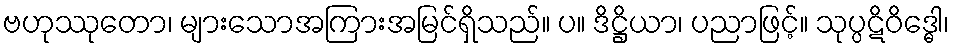
ဗဟုဿုတော၊ များသောအကြားအမြင်ရှိသည်။ ပ။ ဒိဋ္ဌိယာ၊ ပညာဖြင့်။ သုပ္ပဋိဝိဒ္ဓေါ၊